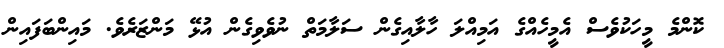
ކޮންމެ މީހަކުވެސް އެމީހެއްގެ އަމިއްލަ ހާލާއިގެން ސަލާމަތް ނުވެވިގެން އުޅޭ މަންޒަރެވެ. މަައިންބަފައިން